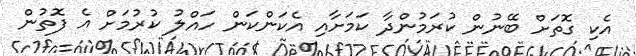
އެކި ގޮތަށް ބޭނުން ކުރަމުންދާ ކަމަށާއި އެކަންކަން ހައްލު ކުރުމަށް އެ ފޮތުން